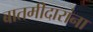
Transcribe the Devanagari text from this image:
बातमीदारांना